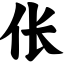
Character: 伥